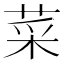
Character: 菜